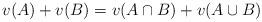
LaTeX: \begin{align*}v(A) + v(B) = v(A \cap B) + v(A \cup B)\end{align*}